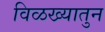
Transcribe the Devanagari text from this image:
विळख्यातुन